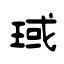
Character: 琙